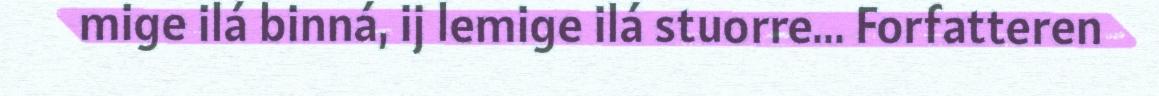
mige ilá binná, ij lemige ilá stuorre... Forfatteren